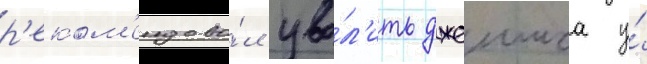
р'еком'ендова́л уво́л'ить джеимса у́